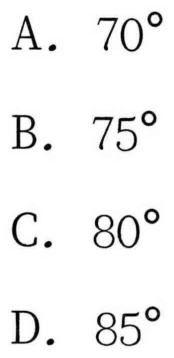
A. \(70^{\circ}\)
B. \(75^{\circ}\)
C. \(80^{\circ}\)
D. \(85^{\circ}\)